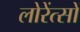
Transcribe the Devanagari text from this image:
लोरेंत्सों